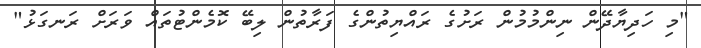
"މި ހަދިޔާދޭން ނިންމުމުން ރަށުގެ ރައްޔިތުންގެ ފަރާތުން ލިބޭ ކޮމެންޓުތައް ވަރަށް ރަނގަޅު"